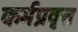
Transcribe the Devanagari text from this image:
कर्मप्रवृत्त